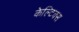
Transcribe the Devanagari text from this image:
केल्टिक्स